Lunatic asylums Madras 1877-1891 - 1877-1891
Year: 1877
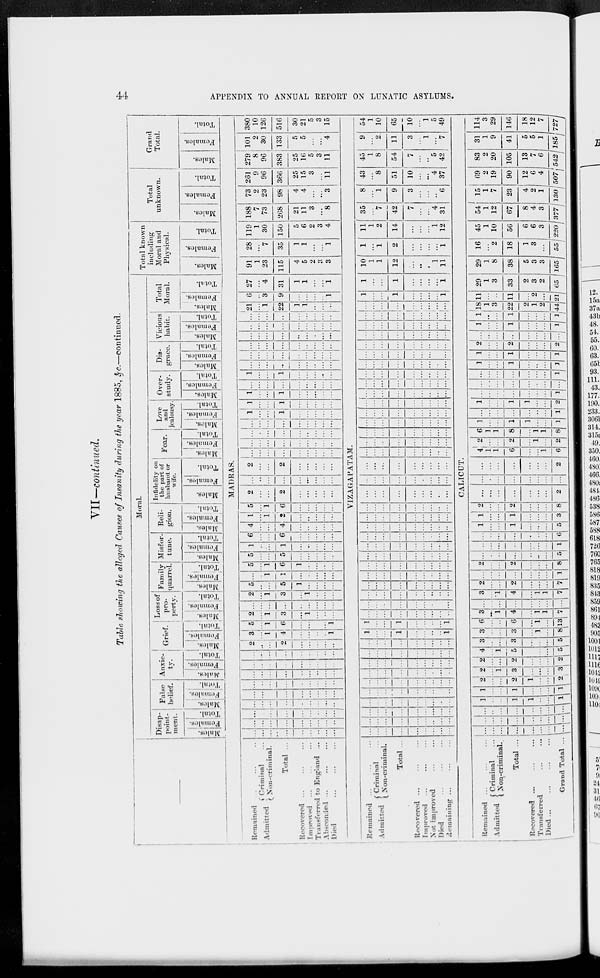
44
APPENDIX TO ANNUAL REPORT ON LUNATIC ASYLUMS.
VII—continued.
Table showing the alleged Causes of Insanity during the year 1885, &c.—continued.
Moral.
Disap-
point-
ment.
Males.
Females.
Total.
False
belief.
Males.
Females.
Total.
Anxic-
ty.
Males.
Females.
Total.
Grief.
Males.
Females.
Total.
Loss of
pro-
perty.
Males.
Females.
Total.
Family
quarrel.
Males.
Females.
Total.
Misfor-
tune.
Males.
Females.
Total.
Reli-
gion.
Males.
Females.
Total.
Infidelity on
the part of
husband or
wife.
Males.
Females.
Total.
Fear.
Males.
Females.
Total.
Love
and
jealousy.
Males.
Females.
Total.
Over.
study.
Males.
|
Females.
Total.
Dis-
grace.
Males.
Females.
Total.
Vicious
habit.
Males.
Females.
Total.
Total
Moral.
Males.
Females.
Total.
Total known
including
Moral and
Physical.
Males.
Females.
Total.
Total
unknown.
Males.
Females.
Total.
Grand
Total.
Males.
Females.
Total.
MADRAS.
Remained ... ... ...
Admitted
Criminal ...
Non-criminal.
Total ...
Recovered ... ... ...
Improved ... ... ...
Transferred to England ...
Absconded ... ... ...
Died
...
...
...
... ...
... ... ... ... ... ... ...
... ...
... ... ... ... ... ... ...
... ...
...
... ... ... ... ... ...
... ... ... ... ... ... ... ... ...
... ... ... ... ... ... ... ... ...
... ... ... ... ... ... ... ... ...
... ... ... ... ... ... ... ... ...
... ... ... ... ... ... ... ... ...
... ... ... ... ... ... ... ... ...
2
... ... 2
... ... ... ... ...
3
... 1
4
...
...
... ...
1
5
... 1
6
... ...
...
...
1
2
...
1
3
... 1
...
...
...
... ...
...
...
... ...
... ... ...
2
...
1
3
... 1
... ... ...
5
...
...
5
1
... ... ... ...
... ...
1
1
... ... ... ... ...
5
...
1
6
1
... ... ... ...
5
... ... 5
... ... ... ... ...
1
... ... 1
... ... ... ... ...
6
... ... 6
... ... ... ... ...
4
... ... 4
... ... ... ... ...
1
...
1
2
... ... ... ... ...
5
... 1
6
... ... ... ... ...
2
... ... 2
... ... ... ... ...
... ... ... ...
... ... ... ... ...
2
... ... 2
... ... ... ... ...
... ... ... ... ... ... ... ... ...
... ... ... ... ... ... ... ... ...
... ... ... ... ... ... ... ... ...
... ... ... ... ... ... ... ... ...
1
... ... 1
... ... ... ...
1
... ... 1
... ... ... ... ...
1
... ... 1
... ... ... ... ...
... ... ... ...
... ... ... ... ...
1
... ... 1
... ... ... ... ...
... ... ... ... ... ... ... ... ...
... ... ... ... ... ... ... ... ...
... ... ... ... ... ... ... ... ...
... ... ... ... ... ... ... ... ...
... ... ... ... ... ... ... ... ...
... ... ... ... ... ... ... ... ...
21
...
1
22
1
1
... ... ...
6
...
3
9
... ... ... ...
1
27
...
4
31
1
1
...
...
1
91
1
23
115
4
5
2
3
3
28
...
7
35
1
1
...
...
1
119
1
30
150
5
6
2
3
4
188
7
73
268
21
11
3
...
8
73
2
23
98
4
4
...
...
3
261
9
96
366
25
15
3
...
11
279
8
96
383
25
16
5
3
11
101
2
30
133
5
5
...
...
4
380
10
126
516
30
21
5
3
15
...
VIZAGAPATAM.
Remained ... ... ...
Admitted
Criminal ...
Non-criminal.
Total ...
Recovered ... ... ...
Improved ... ... ...
Not improved ... ...
Died
...
...
...
Remaining ... ... ...
... ... ... ... ... ... ... ... ...
... ... ... ... ... ... ... ... ...
... ... ... ... ... ... ... ... ...
... ... ... ... ... ... ...
..
...
...
...
...
...
...
...
...
...
...
...
...
...
...
...
...
...
...
...
...
...
...
...
...
...
...
...
...
...
...
...
...
...
...
...
...
...
...
...
...
...
...
...
...
...
...
...
...
...
...
...
...
...
...
...
1
...
...
1
...
...
...
...
1
1
...
...
1
...
...
...
...
1
...
...
...
...
...
...
...
...
...
...
...
...
...
...
...
...
...
...
...
...
...
...
...
...
...
...
...
...
...
...
...
...
...
...
...
...
...
...
...
...
...
...
...
...
...
...
...
...
...
...
...
...
...
...
...
...
...
...
...
...
...
...
...
...
...
...
...
...
...
...
...
...
...
...
...
...
...
...
...
...
...
...
...
...
...
...
...
...
...
...
...
...
...
...
...
...
...
...
...
...
...
...
...
...
...
...
...
...
...
...
...
...
...
...
...
...
...
...
...
...
...
...
...
...
...
...
...
...
...
...
...
...
...
...
...
...
...
...
...
...
...
...
...
...
...
...
...
...
...
...
...
...
...
...
...
...
...
...
...
...
...
...
...
...
...
...
...
...
...
...
...
...
...
...
...
...
...
...
...
...
...
...
...
...
...
...
...
...
...
...
...
...
...
...
...
...
...
...
...
...
...
...
...
...
...
...
...
...
...
...
...
...
...
...
...
...
...
...
...
...
...
...
...
...
...
...
...
...
...
...
...
...
...
...
...
...
...
...
...
...
...
...
...
...
...
...
...
...
...
...
...
...
...
...
...
...
...
...
...
...
...
...
...
...
...
...
...
...
...
...
...
...
...
...
...
...
...
...
...
1
...
...
1
...
...
...
...
1
1
...
...
1
...
...
...
...
1
10
1
1
12
...
...
...
1
11
1
...
1
2
...
...
...
...
1
11
1
2
14
...
...
...
1
12
35
...
7
42
7
...
...
4
31
8
...
1
9
3
...
...
..
6
43
...
8
51
10
...
...
4
37
45
1
8
54
7
...
...
5
42
9
...
2
11
3
...
1
...
7
54
1
10
65
10
...
1
5
49
CALICUT.
Remained . . . . . . . . .
Admitted
Criminal ...
Non-criminal.
Total ...
Recovered ... ... ...
Transferred ... ...
Died
...
...
...
...
Grand Total ...
... ... ... ... ...
... ... ...
... ... ... ... ...
... ... ...
... ... ... ... ... ... ... ...
1
... ... 1
1
... ... 1
1
... ... 1
...
... ... 1
2
... ... 2
1
... ... 2
2
... 1
3
... ... ... 3
2
...
...
2
... ... ... 2
4
...
1
5
... ... ... 5
3
... ... 3
... ... ... 5
3
... ... 3
... 1
... 8
6
... ... 6
... 1
... 13
3
...
1
4
... 1
1
7
... ...
...
...
... ...
...
...
3
...
1
4
...
1
1
7
2
...
...
2
...
...
...
7
...
...
...
...
...
...
...
1
2
...
...
2
...
...
...
8
...
...
...
...
...
...
...
5
...
...
...
...
...
...
...
1
...
...
...
...
...
...
...
6
1
...
...
1
...
...
...
5
1
...
...
1
...
...
...
3
2
...
...
2
...
...
...
8
...
...
...
...
...
...
...
2
...
...
...
...
...
...
...
...
...
...
...
...
...
...
...
2
4
1
1
6
...
...
1
6
2
...
...
2
...
1
...
2
6
1
1
8
...
1
1
8
1
...
...
1
1
...
...
1
...
...
...
...
...
...
...
1
1
...
...
1
1
...
...
2
...
...
...
...
...
...
...
1
...
...
...
...
...
...
...
...
...
...
...
...
...
...
...
1
1
...
...
1
...
...
...
1
1
...
...
1
...
...
...
1
2
...
...
2
...
...
...
2
...
...
...
...
...
...
...
...
1
...
...
1
...
...
...
1
1
...
...
1
...
...
...
1
18
1
3
22
2
1
2
44
11
...
...
11
...
2
...
21
29
1
3
33
2
3
2
65
29
1
8
38
5
3
3
165
16
...
2
18
1
3
...
55
45
1
10
56
6
6
3
220
54
1
12
67
8
4
3
377
15
1
7
23
4
2
1
130
69
2
19
90
12
6
4
507
83
2
20
105
13
7
6
542
31
1
9
41
5
5
1
185
114
3
29
146
18
12
7
727